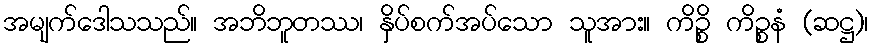
အမျက်ဒေါသသည်။ အဘိဘူတဿ၊ နှိပ်စက်အပ်သော သူအား။ ကိဉ္စိ ကိဉ္စနံ (ဆဋ္ဌ)၊